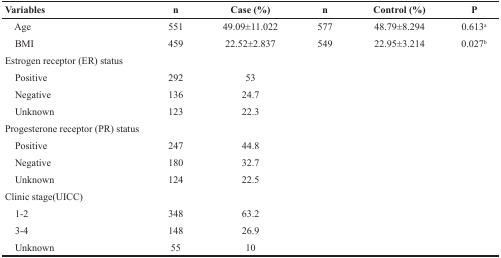
<table><thead><tr><td><b>Variables</b></td><td><b>n</b></td><td><b>Case (%)</b></td><td><b>n</b></td><td><b>Control (%)</b></td><td><b>P</b></td></tr></thead><tbody><tr><td> Age</td><td>551</td><td>49.09±11.022</td><td>577</td><td>48.79±8.294</td><td>0.613<sup>a</sup></td></tr><tr><td> BMI</td><td>459</td><td>22.52±2.837</td><td>549</td><td>22.95±3.214</td><td>0.027<sup>b</sup></td></tr><tr><td>Estrogen receptor (ER) status</td><td></td><td></td><td></td><td></td><td></td></tr><tr><td> Positive</td><td>292</td><td>53</td><td></td><td></td><td></td></tr><tr><td> Negative</td><td>136</td><td>24.7</td><td></td><td></td><td></td></tr><tr><td> Unknown</td><td>123</td><td>22.3</td><td></td><td></td><td></td></tr><tr><td>Progesterone receptor (PR) status</td><td></td><td></td><td></td><td></td><td></td></tr><tr><td> Positive</td><td>247</td><td>44.8</td><td></td><td></td><td></td></tr><tr><td> Negative</td><td>180</td><td>32.7</td><td></td><td></td><td></td></tr><tr><td> Unknown</td><td>124</td><td>22.5</td><td></td><td></td><td></td></tr><tr><td>Clinic stage(UICC)</td><td></td><td></td><td></td><td></td><td></td></tr><tr><td> 1-2</td><td>348</td><td>63.2</td><td></td><td></td><td></td></tr><tr><td> 3-4</td><td>148</td><td>26.9</td><td></td><td></td><td></td></tr><tr><td> Unknown</td><td>55</td><td>10</td><td></td><td></td><td></td></tr></tbody></table>